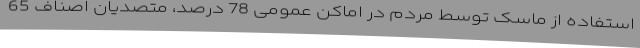
استفاده از ماسک توسط مردم در اماکن عمومی 78 درصد، متصدیان اصناف 65